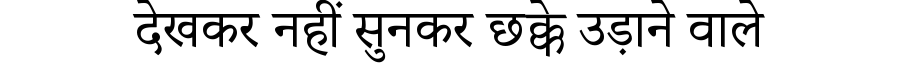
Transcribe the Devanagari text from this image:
देखकर नहीं सुनकर छक्के उड़ाने वाले